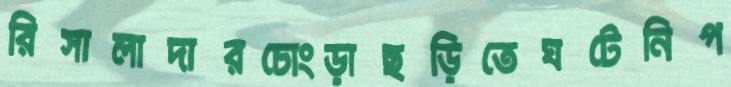
রিসালাদারচোংড়াছড়িতেঘটেনিপ